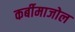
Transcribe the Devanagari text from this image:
कर्बीमाजोल